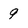
Character: 9